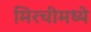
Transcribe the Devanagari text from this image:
मिरचीमध्ये